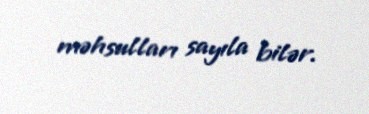
məhsulları sayıla bilər.